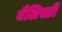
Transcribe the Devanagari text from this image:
बैलिस्टी